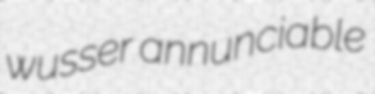
wusser annunciable